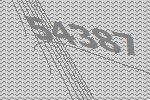
54387